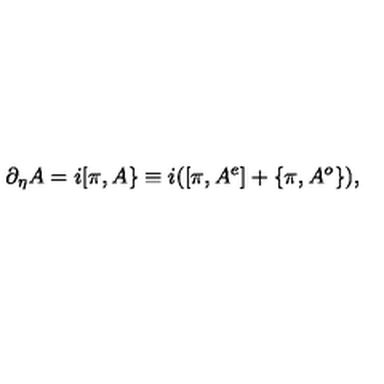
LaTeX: \partial _ { \eta } A = i [ \pi , A \} \equiv i ( [ \pi , A ^ { e } ] + \{ \pi , A ^ { o } \} ) ,